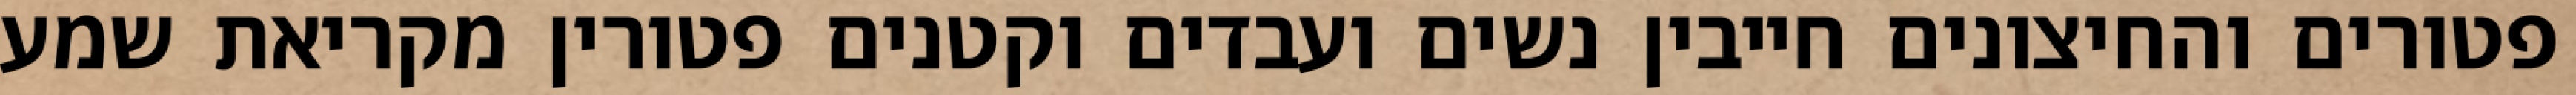
פטורים והחיצונים חייבין נשים ועבדים וקטנים פטורין מקריאת שמע